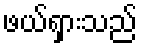
ဖယ်ရှားသည်